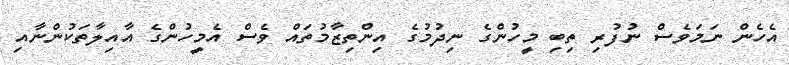
އެހެން ނަމަވެސް ނުފުރި ތިބި މީހުންގެ ނިދުމުގެ އިންތިޒާމުތައް ވެސް އެމީހުންގެ އާއިލާތަކުންނާއި